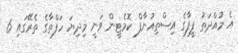
އެ މުއްދަތު ފީފާގެ އިސްތިއުނާފް ކޮމެޓީން ވަނީ މިދިޔަ ހަފްތާގެ ތެރޭގައި 6